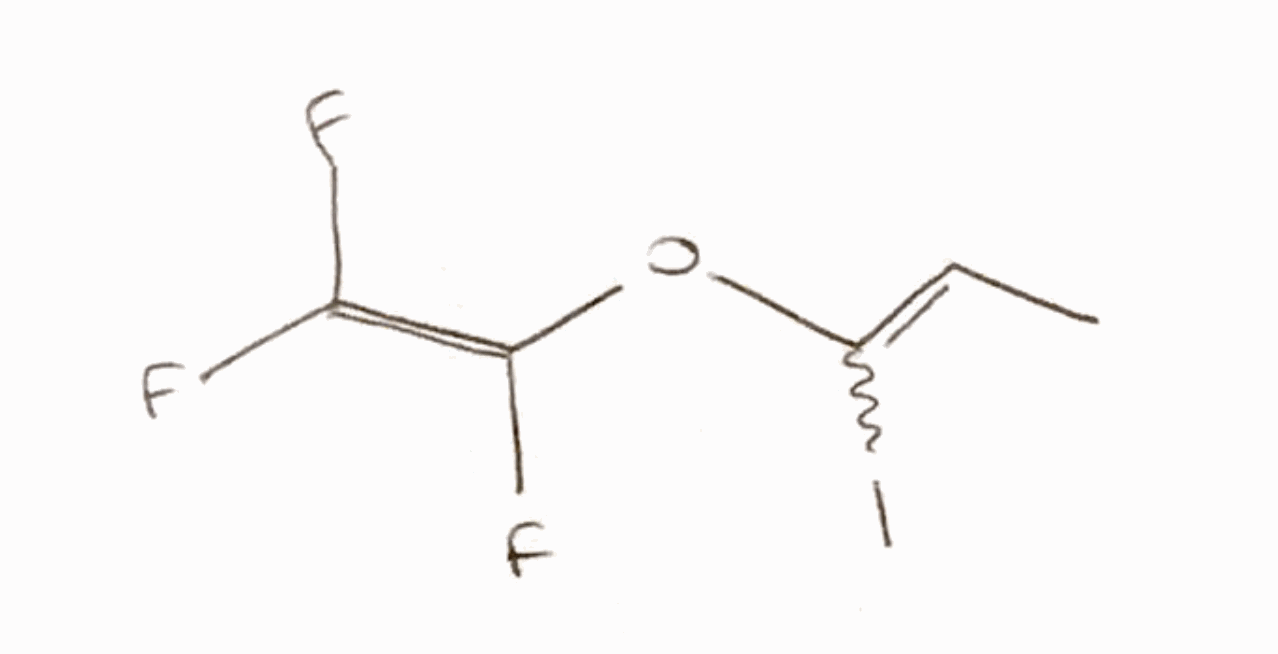
Simplified molecular-input line-entry system (SMILES) notation of the given molecule:
CC=C(OC(=C(F)F)F)I